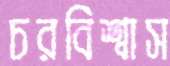
চরবিশ্বাস